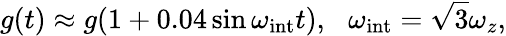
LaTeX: g(t)\approx g(1+0.04\sin\omega_{\mathrm{int}}t),\, \, \, \, \omega_{\mathrm{int}}=\sqrt{3}\omega_{z},